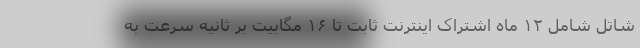
شاتل شامل ۱۲ ماه اشتراک اینترنت ثابت تا ۱۶ مگابیت بر ثانیه سرعت به